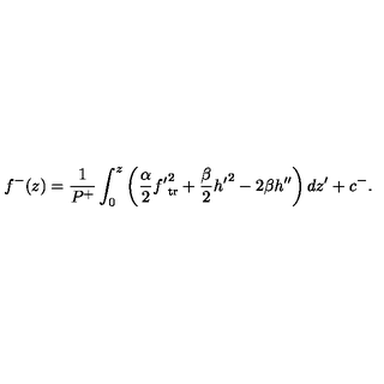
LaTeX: f ^ { - } ( z ) = { \frac { 1 } { P ^ { + } } } \int _ { 0 } ^ { z } \left( { \frac { \alpha } { 2 } } { f ^ { \prime } } _ { \mathrm { t r } } ^ { 2 } + { \frac { \beta } { 2 } } { h ^ { \prime } } ^ { 2 } - 2 \beta h ^ { \prime \prime } \right) d z ^ { \prime } + c ^ { - } .